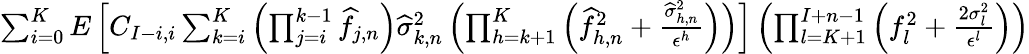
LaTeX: \begin{array}{r}{\sum_{i=0}^{K}E\left[C_{I-i,i}\sum_{k=i}^{K}\left(\prod_{j=i}^{k-1}\widehat{f}_{j,n}\right)\widehat\sigma_{k,n}^{2}\left(\prod_{h=k+1}^{K}\left(\widehat{f}_{h,n}^{2}+\frac{\widehat\sigma_{h,n}^{2}}{\epsilon^{h}}\right)\right)\right]\left(\prod_{l=K+1}^{I+n-1}\left(f_{l}^{2}+\frac{2\sigma_{l}^{2}}{\epsilon^{l}}\right)\right)}\end{array}